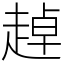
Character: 趠